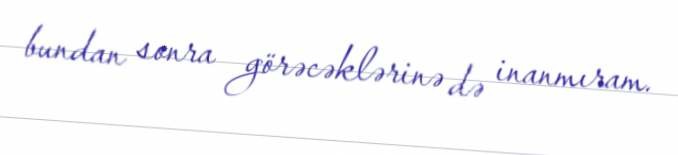
bundan sonra görəcəklərinə də inanmıram.